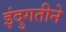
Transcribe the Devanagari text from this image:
इंदुगतीने